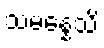
သမန္နေသိ